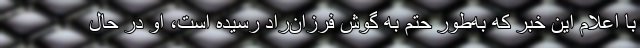
با اعلام این خبر که به‌طور حتم به گوش فرزان‌راد رسیده است، او در حال